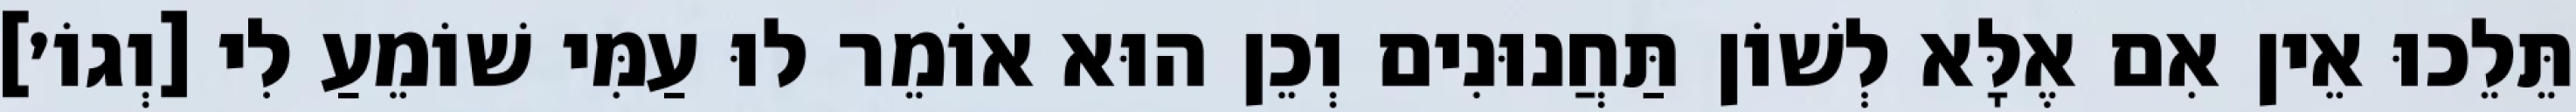
תֵּלֵכוּ אֵין אִם אֶלָּא לְשׁוֹן תַּחֲנוּנִים וְכֵן הוּא אוֹמֵר לוּ עַמִּי שׁוֹמֵעַ לִי [וְגוֹ׳]